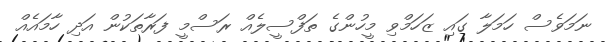
ނަމަވެސް ހަމަލާ ގައި ޒަހަމްވި މީހުންގެ ތަފްސީލެއް ރަސްމީ ފަރާތަކުން އަދި ހާމައެއް